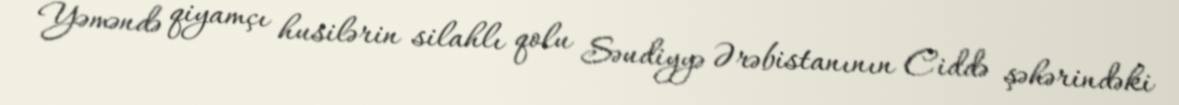
Yəməndə qiyamçı husilərin silahlı qolu Səudiyyə Ərəbistanının Ciddə şəhərindəki